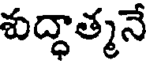
శుద్ధాత్మనే